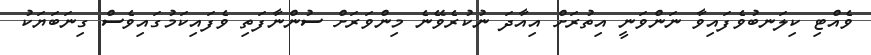
ވެއްޓި ކިލަނބުވެފައިވާ ނަންވަނީ އިތުރަށް އިއާދަ ނުކުރެވޭނެ މިންވަރަށް ސުންނާފަތި ވެފައިކަމުގައިވެސް ގިނަބަޔަކު